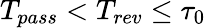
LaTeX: T_{pass}<T_{rev}\leq\tau_{0}